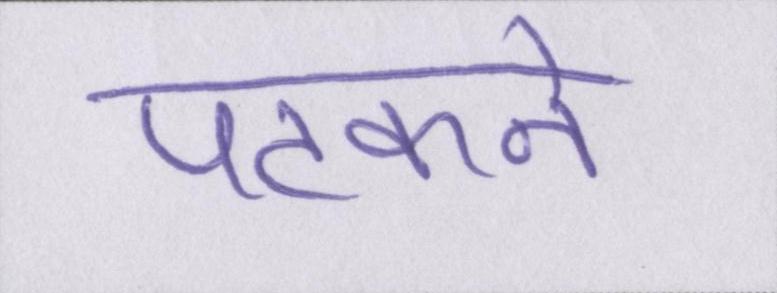
पटकने